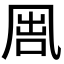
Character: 𠙕